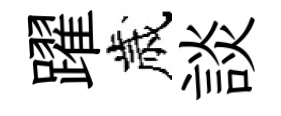
躍歲談